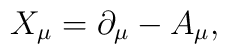
X_{\mu } = \partial _{\mu } - A_{\mu } ,